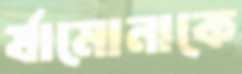
র‍্যামোনাকে